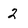
Character: 2